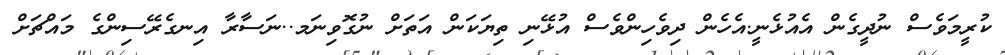
ކުރީމަވެސް ނުދީގެން އެއުޅެނީ.އެހެން ދިވެހިންވެސް އުޅޭނި ތިޔަކަން އަތަށް ނުގޮވިނަމ..ނަސާރާ އިނގެރޭސިންގެ މައްޗަށް